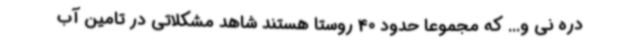
دره نی و... که مجموعا حدود 40 روستا هستند شاهد مشکلاتی در تامین آب